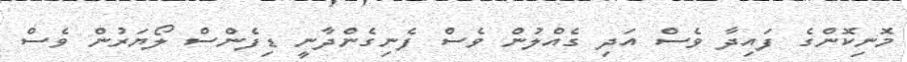
މޮނިކޮންގެ ފައިދާ ވެސް އަދި ގެއްލުން ވެސް ފެނިގެންދާނީ ޑިފެންސް ލޯޔަރުން ވެސް